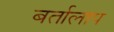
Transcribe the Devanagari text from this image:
बर्तालाप